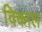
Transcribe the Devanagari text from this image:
विकाल